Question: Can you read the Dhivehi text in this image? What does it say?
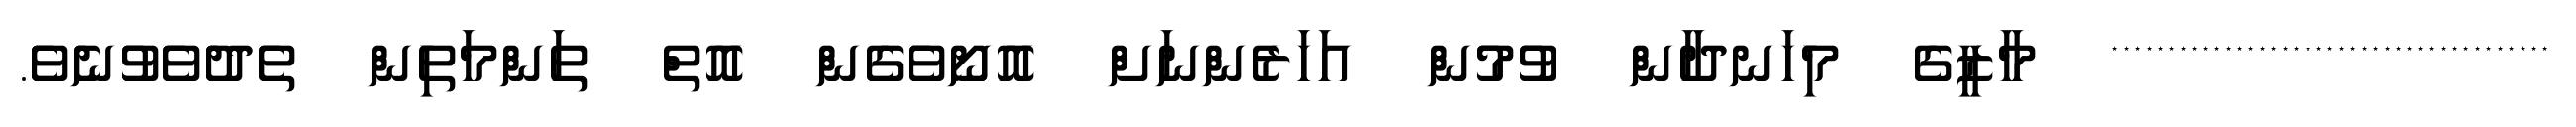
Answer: *************************************** މާޒީގެ މިހަނދާން ވުމުން އަހަރެންނަށް އޮށޯވެގެން އޮތް ތަންމަތިން ތެދުވެވުނެވެ.